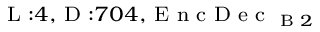
_ { \textrm { L } : 4 , \textrm { D } : 7 0 4 , \textrm { E n c D e c } _ { \textrm { B } 2 } }